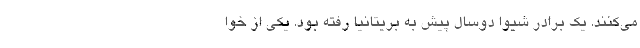
می‌کنند. یک برادر شیوا دوسال پیش به بریتانیا رفته بود. یکی از خوا